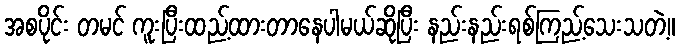
အစပိုင်း တမင် ကူးပြီးထည့်ထားတာနေပါမယ်ဆိုပြီး နည်းနည်းရစ်ကြည့်သေးသတဲ့။